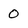
Character: O